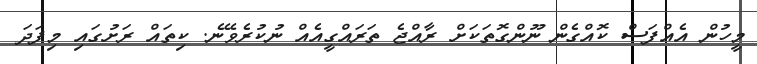
މީހުން އެއްފަސް ކޮއްގެން ނޫންގޮތަކަށް ރާއްޖެ ތަރައްގީއެއް ނުކުރެވޭނެ. ކިތައް ރަށުގައި މިފަދަ